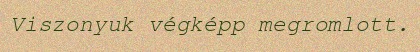
Viszonyuk végképp megromlott.